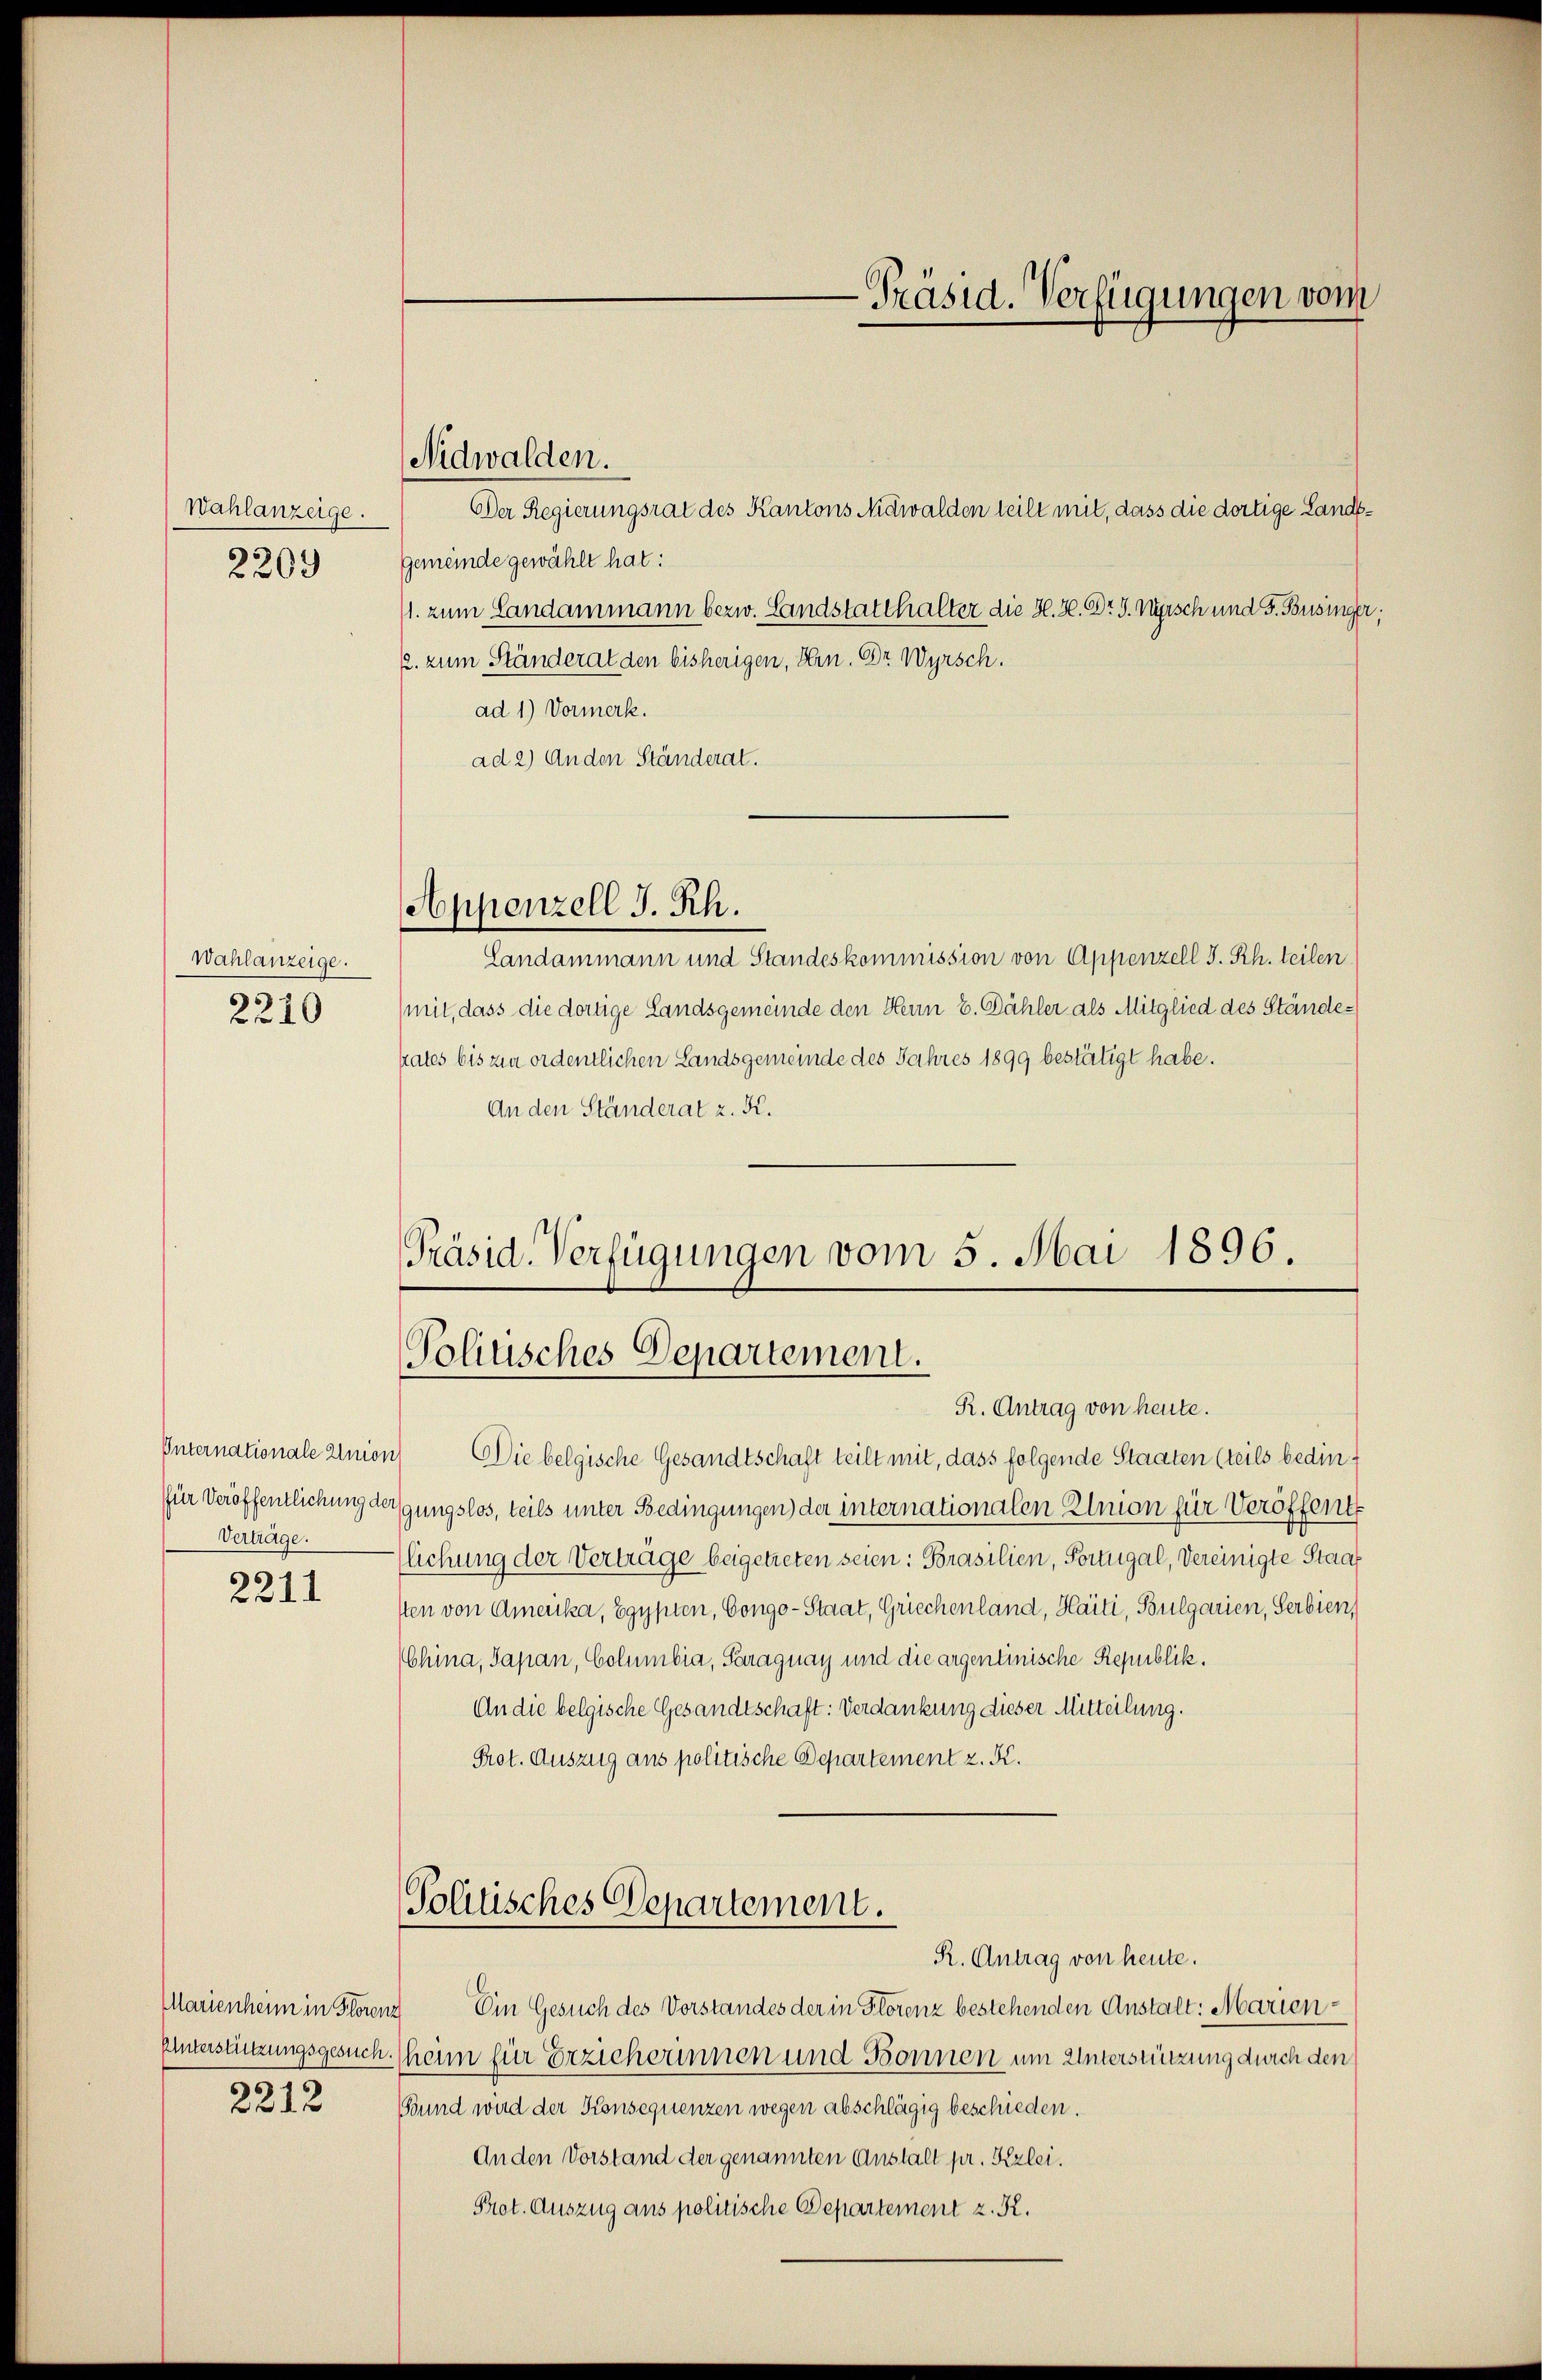
Wahlanzeige.
2209

Wahlanzeige.
2210

Internationale Union
Verträge.

2211

Der Regierungsrat des Kantons Nidwalden teilt mit, dass die dortige Landt¬
Gemeinde gewählt hat:
1. zum Landammann bezw. Landstatthalter die H. H. Dr. J. Visch und F. Businger;
2. zum Ständerat den bisherigen, Hrn. Dr Wyrsch.
ad 1.) Vormerk.
ad 2) Anden Ständerat.

Nidwalden.

Appenzell J. Rh.

Landammann und Standeskommission von Appenzell I. Rh. teilen
mit, dass die dortige Landsgemeinde den Heun E. Dähler als Mitglied des Ständekates bis zur ordentlichen Landsgemeinde des Jahres 1899 bestätigt habe.
An den Ständerat z. K.

-Präsid. Verfügungen vom

Präsid. Verfügungen vom 5. Mai 1896.
Politisches Departement.
R. Antrag von heute.

Die belgische Gesandtschaft teilt mit, dass folgende Staaten (teils bedinfür Veröffentlichung der gungslos, teils unter Bedingungen der internationalen Elnion für Veröffent
lichung der Verträge beigetreten seien: Brasilien, Portugal, Vereinigte Staat
sten von Amerika, Egypten, Congo-Staat, Griechenland, Haiti, Bulgarien, Serbien,
China, Sapan, Columbia, Paraguay und die argentinische Republik.
An die belgische Gesandtschaft: Verdankung dieser Mitteilung.
Prot. Auszug aus politische Departement z. K.

Tolitisches Departement.
R. Antrag von heute.

Marienheim in Florenz Ein Gesuch des Vorstandes der in Florenz bestehenden Anstalt: Marien¬
Unterstützungsgesuch. (heim für Erzieherinnen und Bonnen um Unterstützung durch den
2212 Bund wird der Konsequenzen wegen abschlägig beschieden.
Anden Vorstand der genannten Anstalt pr. Kzlei.
Prot. Auszug aus politische Departement z. R.